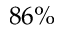
8 6 \%